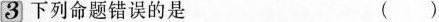
3下列命题错误的是 ( )